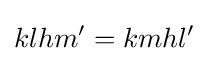
klhm'=kmhl'